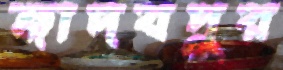
জাদবপুর